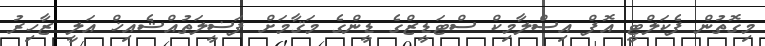
މިގޮތުން ފެކަލްޓީ އޮފް އިސްލާމިކް ސްޓަޑީޒްގެ ޑީންގެ މަޤާމަށް ފަޟީލަތުއްޝެއިޚް އަލީ ޒާހިރު